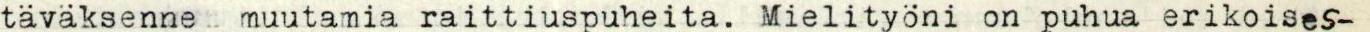
täväksenne  muutamia raittiuspuheita. Mielityöni on puhua erikoises-